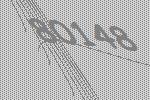
80148